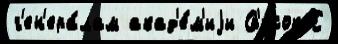
г'ен'ера́лам акад'е́м'иjи Сп'и́сок С